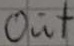
Text: out